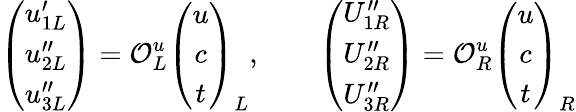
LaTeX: \left(\begin{array}{c}{{u_{1L}^{\prime}}}\\ {{u_{2L}^{\prime\prime}}}\\ {{u_{3L}^{\prime\prime}}}\end{array}\right)={\cal O}_{L}^{u}\left(\begin{array}{c}{{u}}\\ {{c}}\\ {{t}}\end{array}\right)_{L},\qquad\left(\begin{array}{c}{{U_{1R}^{\prime\prime}}}\\ {{U_{2R}^{\prime\prime}}}\\ {{U_{3R}^{\prime\prime}}}\end{array}\right)={\cal O}_{R}^{u}\left(\begin{array}{c}{{u}}\\ {{c}}\\ {{t}}\end{array}\right)_{R}